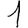
Digit: 1